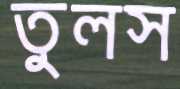
তুলস